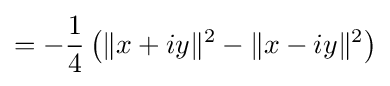
=-{\frac {1}{4}}\left(\|x+iy\|^{2}-\|x-iy\|^{2}\right)